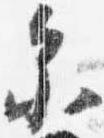
示